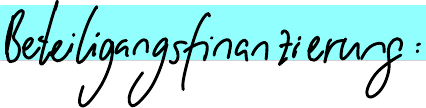
Beteiligungsfinanzierung: